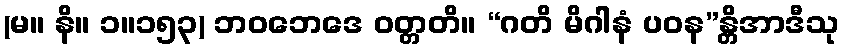
(မ။ နိ။ ၁။၁၅၃) ဘဝဘေဒေ ဝတ္တတိ။ “ဂတိ မိဂါနံ ပဝန”န္တိအာဒီသု